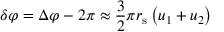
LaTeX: \delta \varphi = \Delta \varphi - 2 \pi \approx { \frac { 3 } { 2 } } \pi r _ { \mathrm { s } } \left( u _ { 1 } + u _ { 2 } \right)